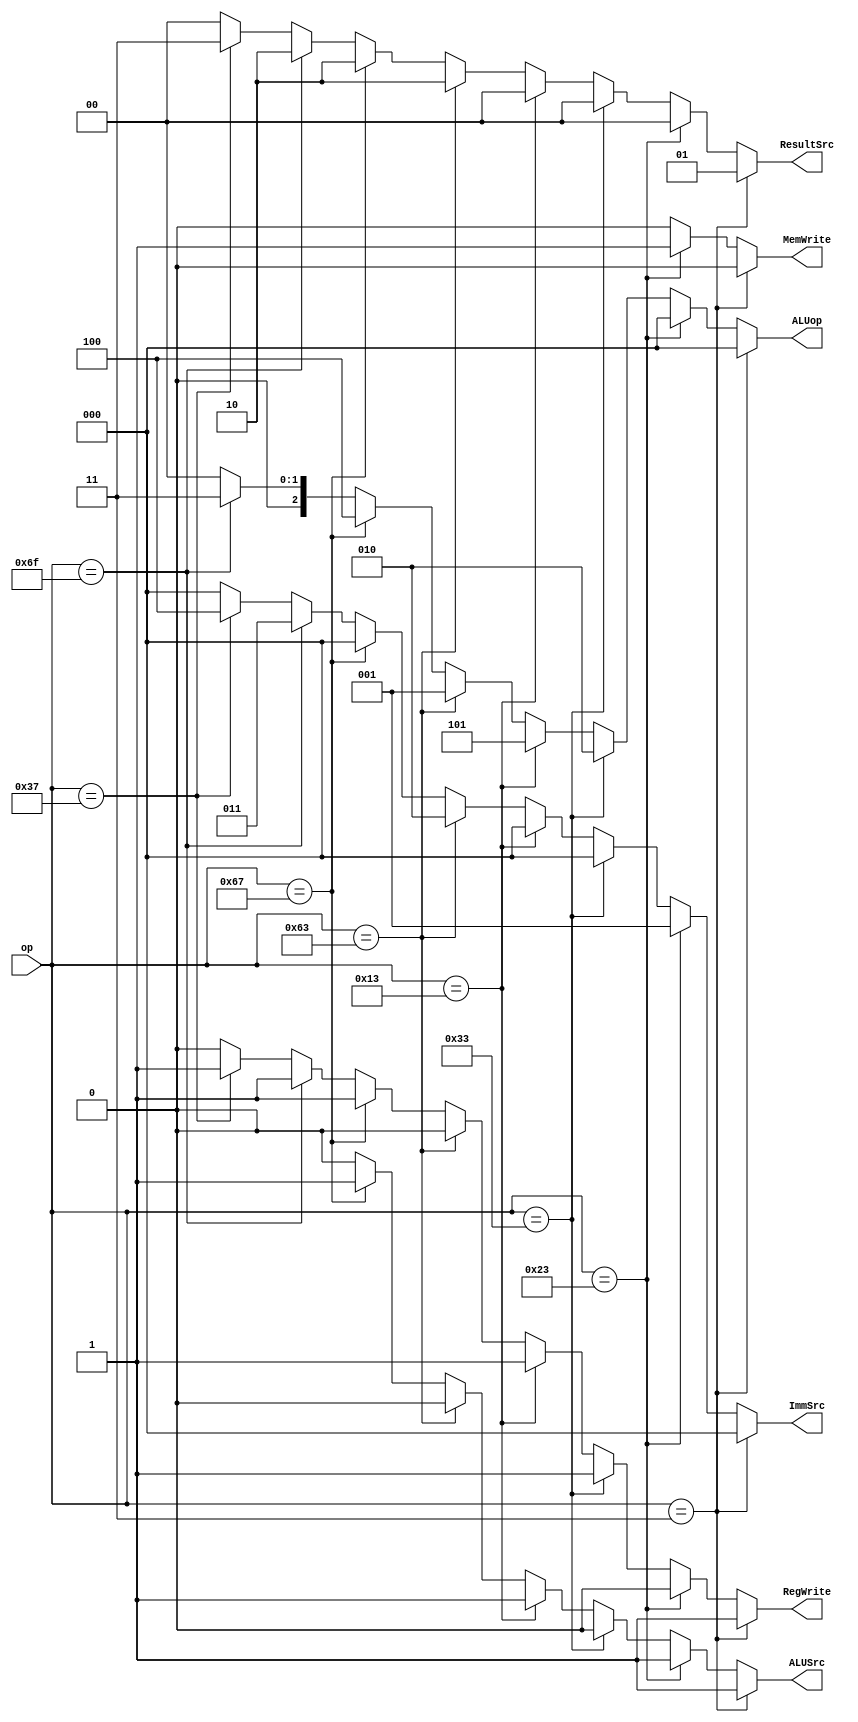


module MainController(input [6:0] op,output reg MemWrite,output reg [1:0] ResultSrc,output reg ALUSrc,output reg [2:0] ImmSrc, output reg RegWrite,output reg [2:0] ALUop);

always @(*)begin
    MemWrite = 1'b0;
    ResultSrc = 2'b00;
    ALUSrc = 1'b0;
    ImmSrc = 3'b000;
    RegWrite = 1'b0;
    ALUop = 3'b000;
    if (op == 7'd3)begin//lw
        MemWrite = 1'b0;
        ResultSrc = 2'b01;
        ALUSrc = 1'b1;
        ImmSrc = 3'b000;
        RegWrite = 1'b1;
        ALUop = 3'b000;
    end
    else if (op == 7'd35)begin//sw
        MemWrite =1'b1;
        ALUSrc = 1'b1;
        ImmSrc = 3'b001;
        RegWrite = 1'b0;
        ALUop = 3'b000;
    end
    else if (op == 7'd51)begin //R-type
        MemWrite = 1'b0;
        ResultSrc = 2'b00;
        ALUSrc = 1'b0;
        RegWrite = 1'b1;
        ALUop = 3'b010;
    end
    else if (op == 7'd19)begin// addi ori xori ...
        MemWrite = 1'b0;
        ResultSrc = 2'b00;
        ALUSrc = 1'b1;
        ImmSrc = 3'b000;
        RegWrite = 1'b1;
        ALUop = 3'b101;
    end
    else if (op == 7'd99) begin// b-type
        MemWrite = 1'b0;
        ResultSrc = 2'b10;
        ALUSrc = 1'b0;
        ImmSrc = 3'b010;
        RegWrite = 1'b0;
        ALUop = 3'b001;
        
    end
    else if (op == 7'd103)begin//jalr
        MemWrite = 1'b0;
        ResultSrc = 2'b10;
        ALUSrc = 1'b1;
        ImmSrc = 3'b000;
        RegWrite = 1'b1;
        ALUop = 3'b100;
    end
    else if (op == 7'd111) begin//jal
        MemWrite = 1'b0;
        ResultSrc = 2'b10;
        ImmSrc = 3'b011;
        RegWrite = 1'b1;
        ALUop = 3'b011;
    end
    else if (op == 7'd55) begin //lui
        MemWrite = 1'b0;
        ResultSrc = 2'b11;
        ImmSrc = 3'b100;
        RegWrite = 1'b1;
        ALUop = 3'b000;  
    end
end
endmodule

module ALUController(input sign,zero,input [2:0] ALUOp, input [2:0] func3, input [6:0] func7, output reg [1:0] PCSrc, output reg [2:0] ALUControl);

always @(*)begin
    PCSrc = 2'b00;
    ALUControl = 3'b000;
    if (ALUOp == 3'b000) begin //lw sw lui
        ALUControl = 3'b000;
        PCSrc = 2'b00;
    end
    else if (ALUOp == 3'b001)begin//b-type
        ALUControl = 3'b001;
        if (func3 == 3'b000)//beq
            PCSrc = zero? 2'b01: 2'b00;

        else if (func3 == 3'b001)//bne
            PCSrc = zero? 2'b00: 2'b01;

        else if (func3 == 3'b100)//blt
            PCSrc = sign? 2'b01:2'b00;
        
        else if (func3 == 3'b101)//bge
            PCSrc = (zero)?2'b01:(sign?2'b00:2'b01);
    end
    else if (ALUOp == 3'b010) begin//r-type
        PCSrc = 2'b00;
        if (func3 == 3'b000 && func7[5] == 1'b0)//add
            ALUControl = 3'b000;

        else if(func3 == 3'b000 && func7[5] == 1'b1)//sub
            ALUControl = 3'b001;

        else if(func3 == 3'b111 && func7[5] == 1'b0)//and
            ALUControl = 3'b010;

        else if(func3 == 3'b110 && func7[5] == 1'b0)//or 
            ALUControl = 3'b011;
        
        else if(func3 == 3'b010 && func7[5] == 1'b0)//slt
            ALUControl = 3'b101;
    end
    else if (ALUOp == 3'b101) begin //i-type
        PCSrc = 2'b00;
        if (func3 == 3'b000)//addi
            ALUControl = 3'b000;

        else if(func3 == 3'b100)//xori
            ALUControl = 3'b110;

        else if(func3 == 3'b110)//ori 
            ALUControl = 3'b011;
        
        else if(func3 == 3'b010)//slti
            ALUControl = 3'b101;
    end
    else if (ALUOp == 3'b100) begin//jalr
        PCSrc = 2'b10;
        ALUControl = 3'b000;
    end 
    else if (ALUOp == 3'b011)//jal
        PCSrc = 2'b01;
    
end

endmodule